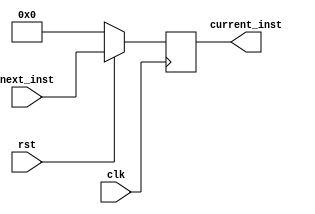
module PC (
    input [31:0] next_inst,
    input clk, rst,
    output reg [31:0] current_inst
);
    
always @(posedge clk) begin
    if (~rst)
        current_inst = 0;
    else
        current_inst = next_inst;
end    
endmodule